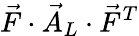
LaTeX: \vec{F}\cdot\vec{A}_{L}\cdot\vec{F}^{T}